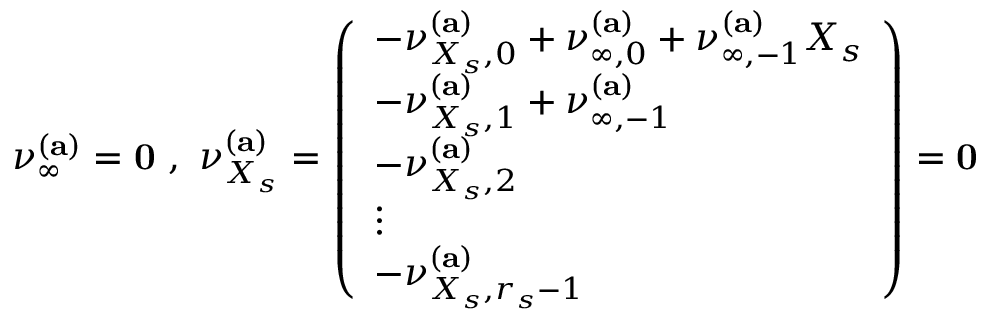
\boldsymbol { \nu } _ { \infty } ^ { ( \mathbf { a } ) } = \mathbf { 0 } \, \, , \, \, \boldsymbol { \nu } _ { X _ { s } } ^ { ( \mathbf { a } ) } = \left( \begin{array} { l } { - \nu _ { { X _ { s } } , 0 } ^ { ( \mathbf { a } ) } + \nu _ { \infty , 0 } ^ { ( \mathbf { a } ) } + \nu _ { \infty , - 1 } ^ { ( \mathbf { a } ) } X _ { s } } \\ { - \nu _ { { X _ { s } } , 1 } ^ { ( \mathbf { a } ) } + \nu _ { \infty , - 1 } ^ { ( \mathbf { a } ) } } \\ { - \nu _ { { X _ { s } } , 2 } ^ { ( \mathbf { a } ) } } \\ { \vdots } \\ { - \nu _ { { X _ { s } } , r _ { s } - 1 } ^ { ( \mathbf { a } ) } } \end{array} \right) = \mathbf { 0 }